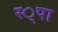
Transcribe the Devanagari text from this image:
स्‍्पा